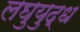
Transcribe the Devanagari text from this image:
लघुयुद्ध